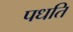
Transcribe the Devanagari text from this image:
पधति